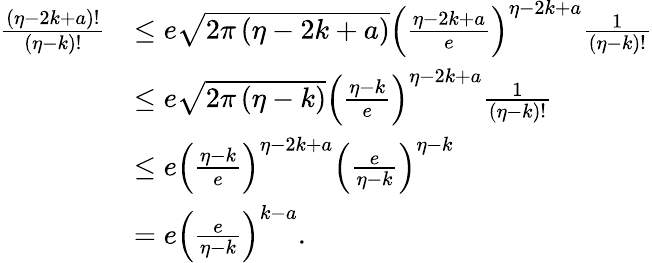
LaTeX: \begin{array}{rl}{\frac{\left(\eta-2k+a\right)!}{\left(\eta-k\right)!}}&{\leq e\sqrt{2\pi\left(\eta-2k+a\right)}\left(\frac{\eta-2k+a}{e}\right)^{\eta-2k+a}\frac{1}{\left(\eta-k\right)!}}\\ &{\leq e\sqrt{2\pi\left(\eta-k\right)}\left(\frac{\eta-k}{e}\right)^{\eta-2k+a}\frac{1}{\left(\eta-k\right)!}}\\ &{\leq e\left(\frac{\eta-k}{e}\right)^{\eta-2k+a}\left(\frac{e}{\eta-k}\right)^{\eta-k}}\\ &{=e\left(\frac{e}{\eta-k}\right)^{k-a}.}\end{array}